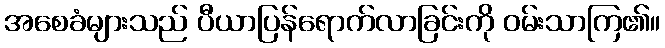
အစေခံများသည် ပီယာပြန်ရောက်လာခြင်းကို ဝမ်းသာကြ၏။